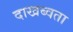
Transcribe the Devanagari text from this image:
दाखब्वता